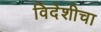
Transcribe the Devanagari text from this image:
विदेशीचा